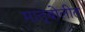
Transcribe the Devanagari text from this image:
मातृबोलीत